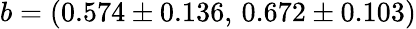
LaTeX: b=(0.574\pm 0.136,\, 0.672\pm 0.103)